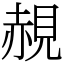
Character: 䚂